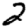
Digit: 2